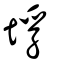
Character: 垺